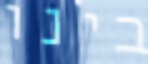
בינו